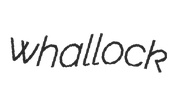
whallock